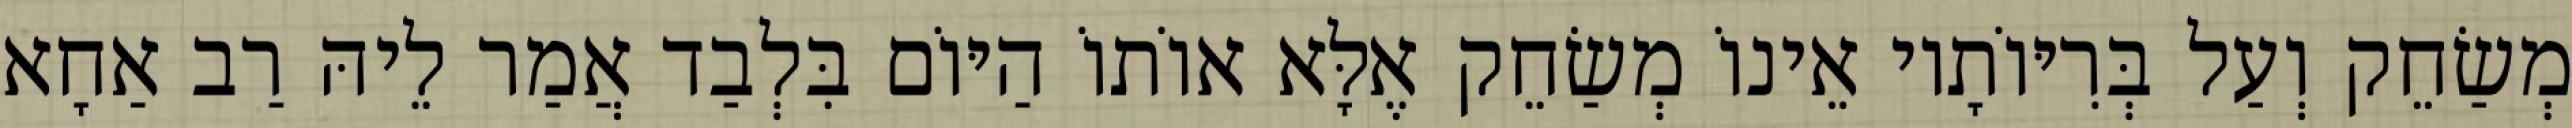
מְשַׂחֵק וְעַל בְּרִיּוֹתָיו אֵינוֹ מְשַׂחֵק אֶלָּא אוֹתוֹ הַיּוֹם בִּלְבַד אֲמַר לֵיהּ רַב אַחָא